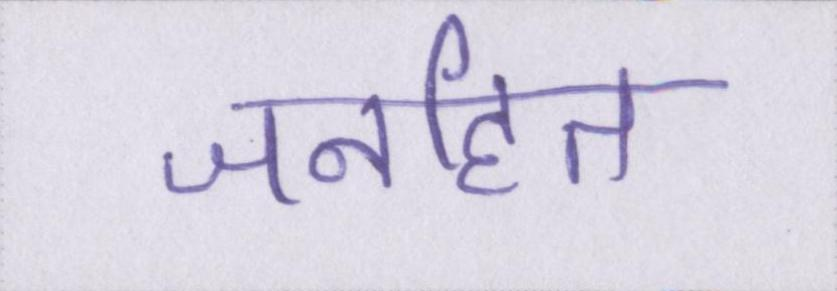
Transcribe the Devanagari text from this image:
जनहित